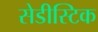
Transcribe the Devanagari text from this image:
सेडीस्टिक